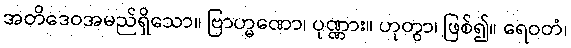
အတိဒေဝအမည်ရှိသော။ ဗြာဟ္မဏော၊ ပုဏ္ဏား။ ဟုတွာ၊ ဖြစ်၍။ ရေဝတံ၊